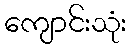
ကျောင်းသုံး